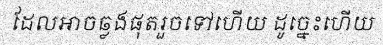
ដែលអាចឆ្លងផុតរួចទៅហើយ ដូច្នេះហើយ